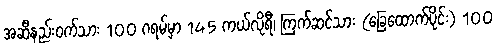
အဆီနည်း၀က်သား 100 ဂရမ်မှာ 145 ကယ်လိုရီ၊ ကြက်ဆင်သား (ခြေထောက်ပိုင်း) 100